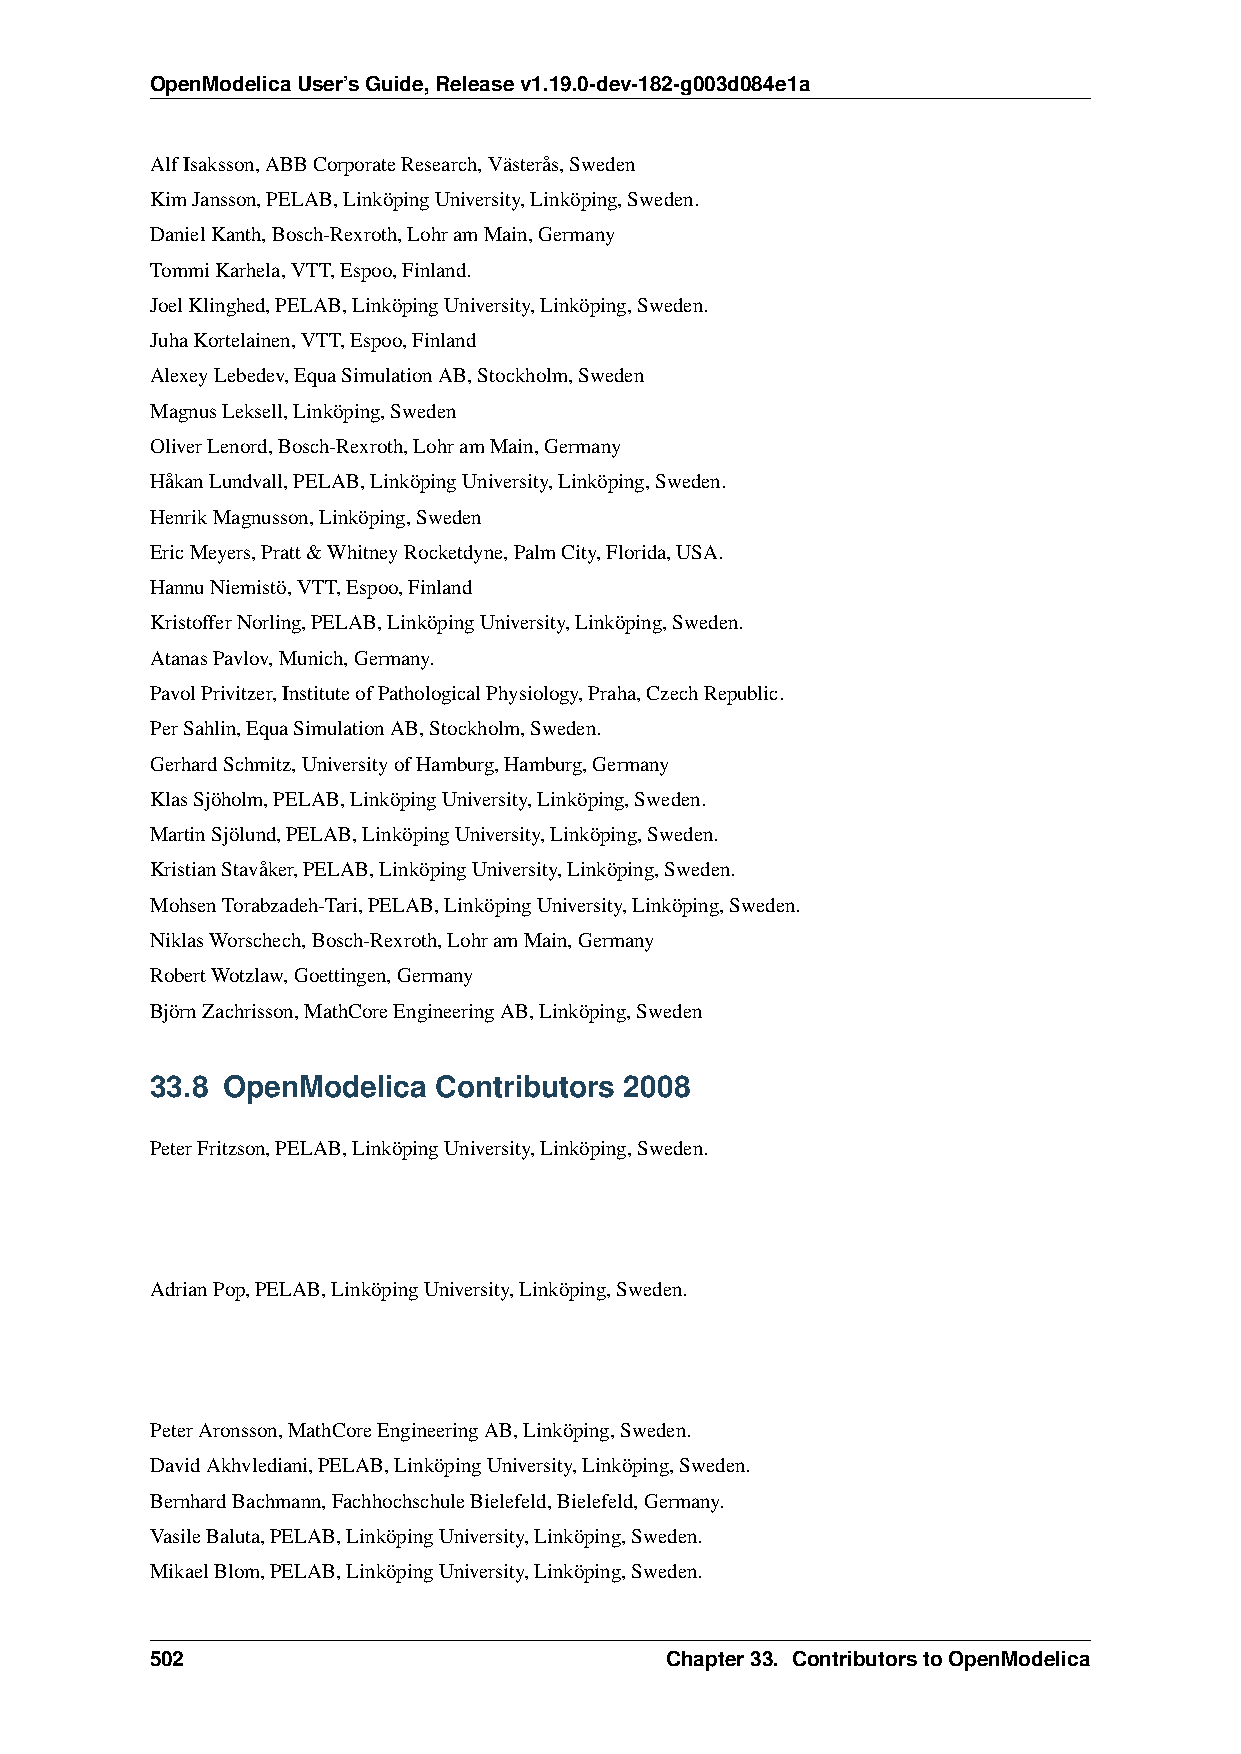
OpenModelicaUser’sGuide,Releasev1.19.0-dev-182-g003d084e1a
 AlfIsaksson,ABBCorporateResearch,Västerås,Sweden
 KimJansson,PELAB,LinköpingUniversity,Linköping,Sweden.
 DanielKanth,Bosch-Rexroth,LohramMain,Germany
 TommiKarhela,VTT,Espoo,Finland.
 JoelKlinghed,PELAB,LinköpingUniversity,Linköping,Sweden.
 JuhaKortelainen,VTT,Espoo,Finland
 AlexeyLebedev,EquaSimulationAB,Stockholm,Sweden
 MagnusLeksell,Linköping,Sweden
 OliverLenord,Bosch-Rexroth,LohramMain,Germany
 HåkanLundvall,PELAB,LinköpingUniversity,Linköping,Sweden.
 HenrikMagnusson,Linköping,Sweden
 EricMeyers,Pratt&WhitneyRocketdyne,PalmCity,Florida,USA.
 HannuNiemistö,VTT,Espoo,Finland
 KristofferNorling,PELAB,LinköpingUniversity,Linköping,Sweden.
 AtanasPavlov,Munich,Germany.
 PavolPrivitzer,InstituteofPathologicalPhysiology,Praha,CzechRepublic.
 PerSahlin,EquaSimulationAB,Stockholm,Sweden.
 GerhardSchmitz,UniversityofHamburg,Hamburg,Germany
 KlasSjöholm,PELAB,LinköpingUniversity,Linköping,Sweden.
 MartinSjölund,PELAB,LinköpingUniversity,Linköping,Sweden.
 KristianStavåker,PELAB,LinköpingUniversity,Linköping,Sweden.
 MohsenTorabzadeh-Tari,PELAB,LinköpingUniversity,Linköping,Sweden.
 NiklasWorschech,Bosch-Rexroth,LohramMain,Germany
 RobertWotzlaw,Goettingen,Germany
 BjörnZachrisson,MathCoreEngineeringAB,Linköping,Sweden
 33.8 OpenModelica  Contributors 2008
 PeterFritzson,PELAB,LinköpingUniversity,Linköping,Sweden.
 AdrianPop,PELAB,LinköpingUniversity,Linköping,Sweden.
 PeterAronsson,MathCoreEngineeringAB,Linköping,Sweden.
 DavidAkhvlediani,PELAB,LinköpingUniversity,Linköping,Sweden.
 BernhardBachmann,FachhochschuleBielefeld,Bielefeld,Germany.
 VasileBaluta,PELAB,LinköpingUniversity,Linköping,Sweden.
 MikaelBlom,PELAB,LinköpingUniversity,Linköping,Sweden.
 502                               Chapter33. ContributorstoOpenModelica